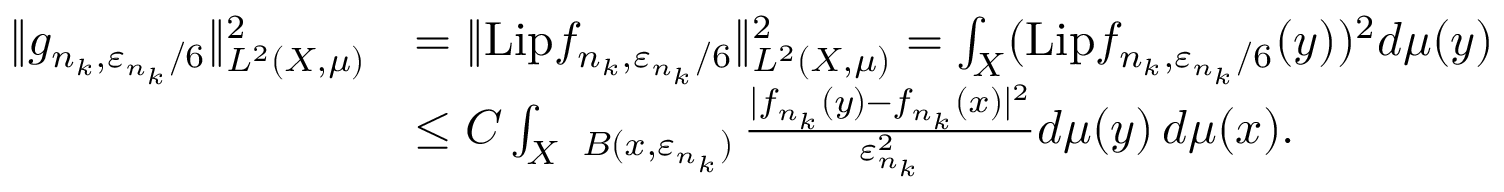
\begin{array} { r l } { \| g _ { n _ { k } , \varepsilon _ { n _ { k } } / 6 } \| _ { L ^ { 2 } ( X , \mu ) } ^ { 2 } } & { = \| \mathrm { L i p } f _ { n _ { k } , \varepsilon _ { n _ { k } } / 6 } \| _ { L ^ { 2 } ( X , \mu ) } ^ { 2 } = \int _ { X } ( \mathrm { L i p } f _ { n _ { k } , \varepsilon _ { n _ { k } } / 6 } ( y ) ) ^ { 2 } d \mu ( y ) } \\ & { \leq C \int _ { X } \fint _ { B ( x , \varepsilon _ { n _ { k } } ) } \frac { | f _ { n _ { k } } ( y ) - f _ { n _ { k } } ( x ) | ^ { 2 } } { \varepsilon _ { n _ { k } } ^ { 2 } } d \mu ( y ) \, d \mu ( x ) . } \end{array}